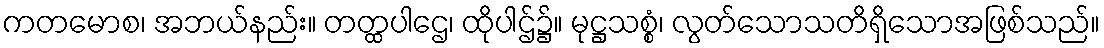
ကတမောစ၊ အဘယ်နည်း။ တတ္ထပါဌေ၊ ထိုပါဌ်၌။ မုဋ္ဌသစ္စံ၊ လွတ်သောသတိရှိသောအဖြစ်သည်။